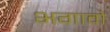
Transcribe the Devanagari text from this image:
भगावो